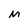
Character: M